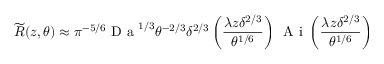
\widetilde { R } ( z , \theta ) \approx \pi ^ { - 5 / 6 } \textrm { D a } ^ { 1 / 3 } \theta ^ { - 2 / 3 } \delta ^ { 2 / 3 } \left( \frac { \lambda z \delta ^ { 2 / 3 } } { \theta ^ { 1 / 6 } } \right) \, \textrm { A i } \left( \frac { \lambda z \delta ^ { 2 / 3 } } { \theta ^ { 1 / 6 } } \right)